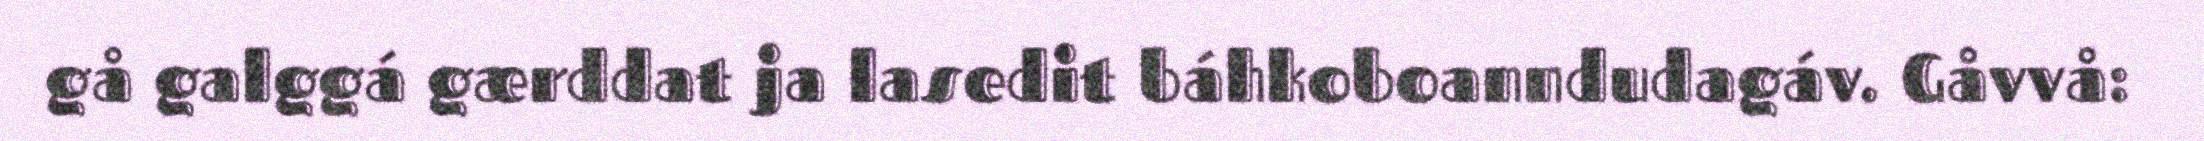
gå galggá gærddat ja lasedit báhkoboanndudagáv. Gåvvå: